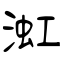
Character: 渱